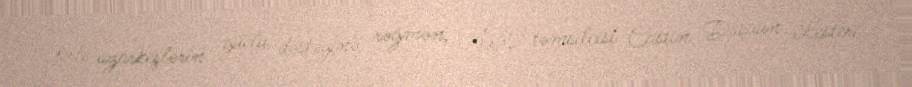
Yerli azarkeşlərin güclü dəstəyinə rəğmən, ABŞ təmsilçisi Castin Daşaun Lesteri